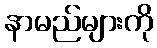
နာမည်များကို